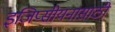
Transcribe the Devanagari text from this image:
इजिप्सीयनासाठी